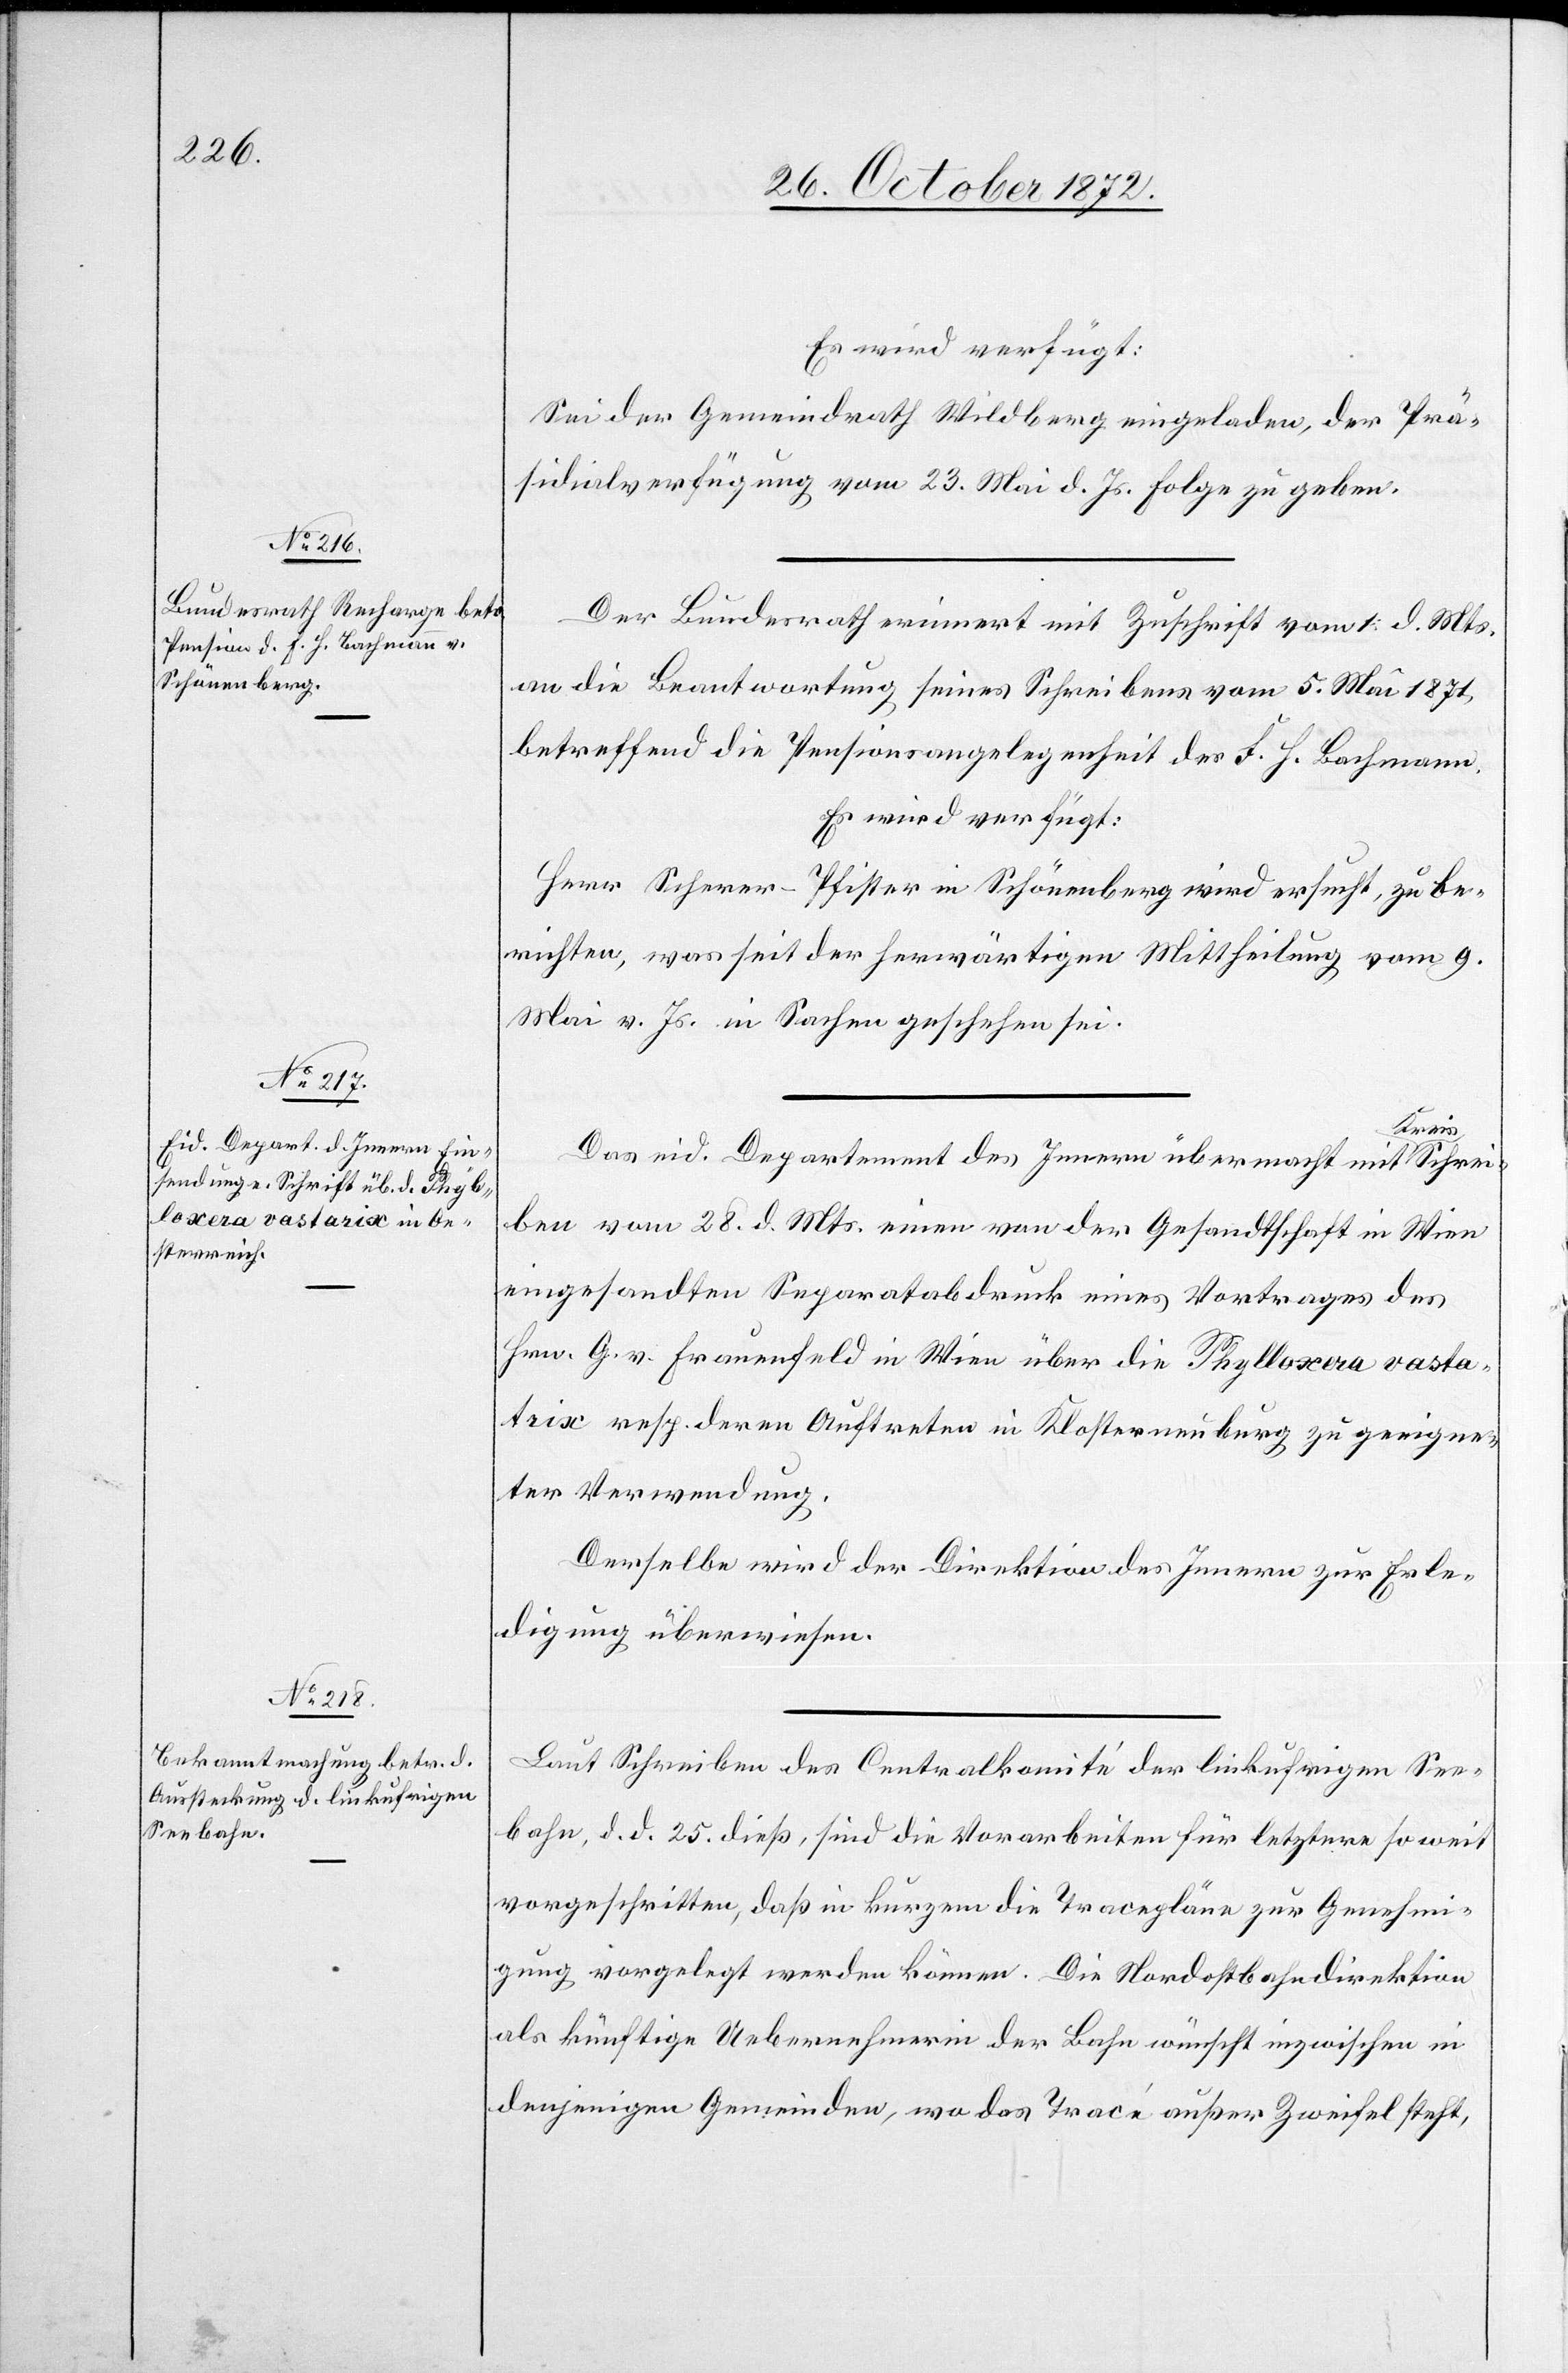
30. October 1872.]
Es wird verfügt:
Sei der Gemeindrath Wildberg eingeladen, der Prä¬
sidialverfügung vom 23. Mai d. Js. Folge zu geben.
Der Bundesrath erinnert mit Zuschrift vom 1. d. Mts.
an die Beantwortung seines Schreibens vom 5. Mai 1871,
betreffend die Pensionsangelegenheit des F. H. Bachmann.
Es wird verfügt:
Herr Scherer-Pfister in Schönenberg wird ersucht, zu be¬
richten, was seit der herwärtigen Mittheilung vom 9.
Mai v. Js. in Sachen geschehen sei.
schrei¬
Das eid. Departement des Innern übermacht mit Kreis¬
ben vom 28. d. Mts. einen von der Gesandtschaft in Wien
eingesandten Separatabdruck eines Vortrages des
Hrn. G. v. Frauenfeld in Wien über die Phylloxera vasta¬
trix resp. deren Auftreten in Klosterneuburg zu geeigne¬
ter Verwendung.
Derselbe wird der Direktion des Innern zur Erle¬
digung überwiesen.
Laut Schreiben des Centralkomité der linksufrigen See¬
bahn, d. d. 25. dieß, sind die Vorarbeiten für letztere so weit
vorgeschritten, daß in kurzem die Tracepläne zur Genehmi¬
gung vorgelegt werden können. Die Nordostbahndirektion
als künftige Uebernehmerin der Bahn wünscht inzwischen in
denjenigen Gemeinden, wo das Tracé außer Zweifel steht,